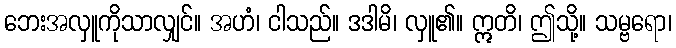
ဘေးအလှူကိုသာလျှင်။ အဟံ၊ ငါသည်။ ဒဒါမိ၊ လှူ၏။ ဣတိ၊ ဤသို့။ သမ္ဗရော၊